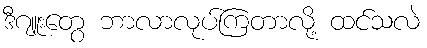
ဒီဂျူးတွေ ဘာလာလုပ်ကြတာလို့ ထင်သလဲ